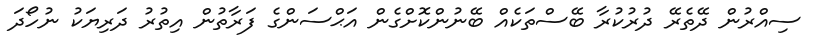
ސިއްރުން ދޭތެރޭ ދުރުކުރާ ބޭސްތަކެއް ބޭނުންކޮށްގެން އަޙްސަންގެ ފަރާތުން އިތުރު ދަރިޔަކު ނުހޯދަ